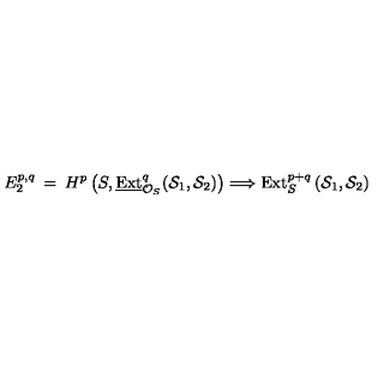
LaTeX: E _ { 2 } ^ { p , q } \: = \: H ^ { p } \left( S , \underline { { \mathrm { E x t } } } _ { { \cal O } _ { S } } ^ { q } ( { \cal S } _ { 1 } , { \cal S } _ { 2 } ) \right) \Longrightarrow \mathrm { E x t } _ { S } ^ { p + q } \left( { \cal S } _ { 1 } , { \cal S } _ { 2 } \right)